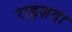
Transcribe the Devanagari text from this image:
राइज़दा